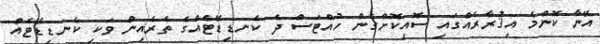
އޭނާ ކޮންމެ އިޤުރާރެއްގައި ސޮއިކޮށްގެން ހުއްޓަސް ދެ ކެނޑިޑޭޓެއްގެ ތެރެއިން ވަކި ކެނޑިޑޭޓެއް